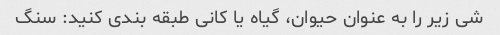
شی زیر را به عنوان حیوان، گیاه یا کانی طبقه بندی کنید: سنگ